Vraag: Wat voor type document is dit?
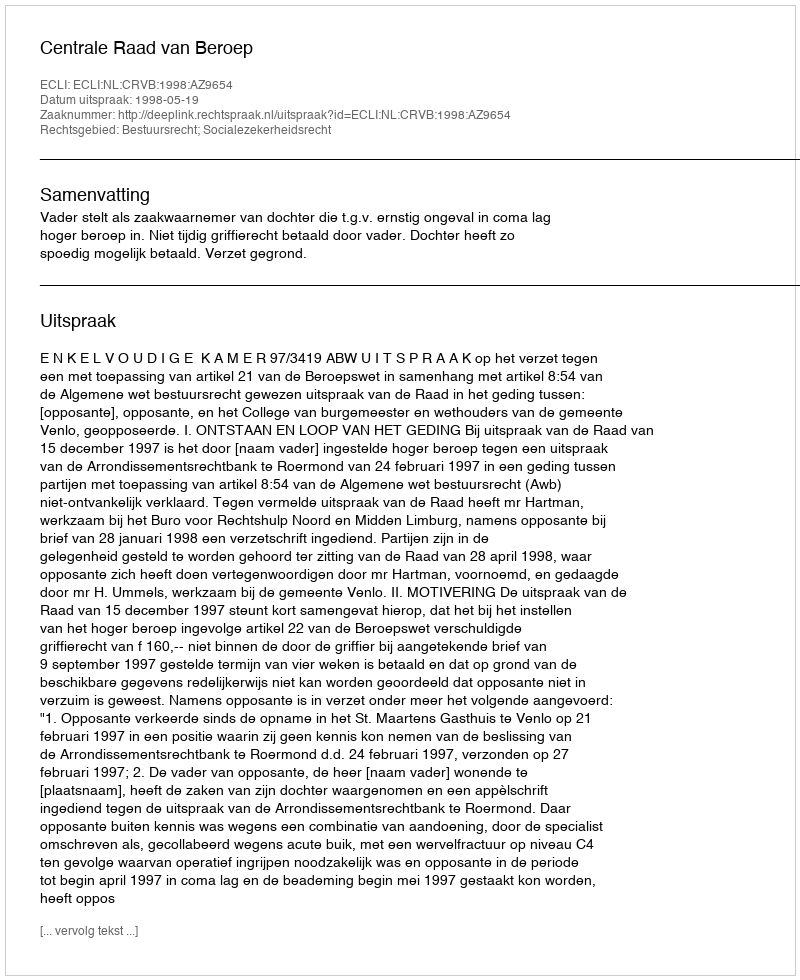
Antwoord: Uitspraak